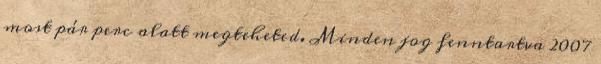
most pár perc alatt megteheted. Minden jog fenntartva 2007